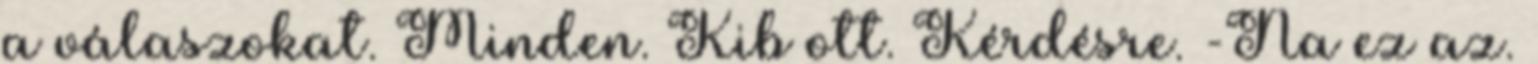
a válaszokat. Minden. Kib ott. Kérdésre. -Na ez az.